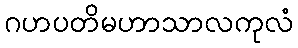
ဂဟပတိမဟာသာလကုလံ